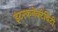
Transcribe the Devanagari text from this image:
इंटरकनेक्टेविटी